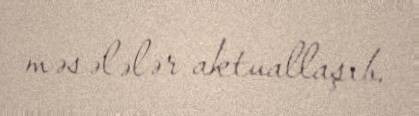
məsələlər aktuallaşıb.